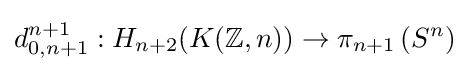
d_{0,n+1}^{n+1}:H_{n+2}(K(\mathbb {Z} ,n))\to \pi _{n+1}\left(S^{n}\right)